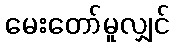
မေးတော်မူလျှင်